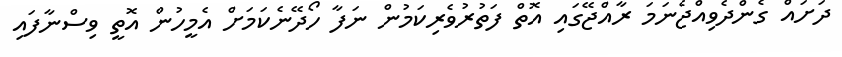
ދަށައް ގެންދެވިއްޖެނަމަ ރާއްޖޭގައި އޮތް ފަތުރުވެރިކަމުން ނަފާ ހޯދޭނެކަމަށް އެމީހުން އޮތީ ވިސްނާފައި